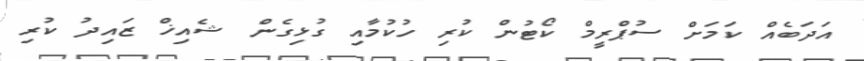
އަދަބެއް ކަމަށް ސުޕްރީމް ކޯޓުން ކުރި ހުކުމާއި ގުޅިގެން ޝެއިޚް ޒައިދު ކުރި